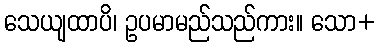
သေယျထာပိ၊ ဥပမာမည်သည်ကား။ သော+